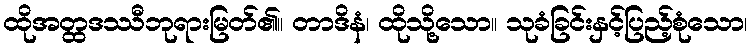
ထိုအတ္ထဒဿီဘုရားမြတ်၏။ တာဒိနံ၊ ထိုသို့သော။ သုခံခြင်းနှင့်ပြည့်စုံသော၊